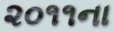
૨૦૧૧ના